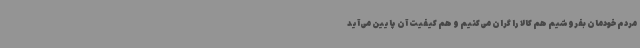
مردم خودمان بفروشیم هم کالا را گران می‌کنیم و هم کیفیت آن پایین می‌آید